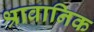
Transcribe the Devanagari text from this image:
श्रावानिक